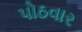
પોઠવાર